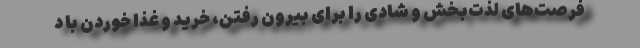
فرصت‌های لذت‌بخش و شادی را برای بیرون رفتن، خرید و غذا خوردن با د